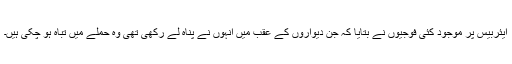
ایئربیس پر موجود کئی فوجیوں نے بتایا کہ جن دیواروں کے عقب میں انہوں نے پناہ لے رکھی تھی وہ حملے میں تباہ ہو چکی ہیں۔